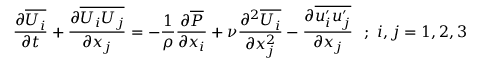
{ \frac { \partial \overline { { U _ { i } } } } { \partial t } } + { \frac { \partial \overline { { U _ { i } U _ { j } } } } { \partial x _ { j } } } = - { \frac { 1 } { \rho } } { \frac { \partial \overline { { P } } } { \partial x _ { i } } } + \nu { \frac { \partial ^ { 2 } \overline { { U _ { i } } } } { \partial x _ { j } ^ { 2 } } } - { \frac { \partial \overline { { u _ { i } ^ { \prime } u _ { j } ^ { \prime } } } } { \partial x _ { j } } } ~ ~ ; ~ i , j = 1 , 2 , 3